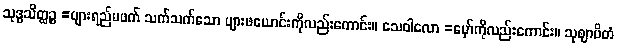
သုဒ္ဓသိတ္ထဉ္စ =ပျားရည်မဖက် သက်သက်သော ပျားဖယောင်းကိုလည်းကောင်း။ သေဝါလော =မှော်ကိုလည်းကောင်း။ သုဈာပိတံ